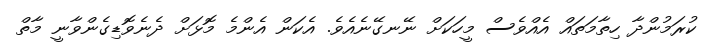
ކުރަމުންދާ ހިތާމަތައް އެއްވެސް މީހަކަށް ނޭނގޭނެއެވެ. އެކަން އެންމެ މޮޅަށް ދެނެވޮޑިގެންވާނީ މާތް